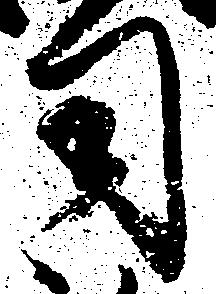
司